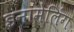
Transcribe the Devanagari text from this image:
इनामेलिंग